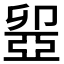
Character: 𠨣